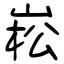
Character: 崧